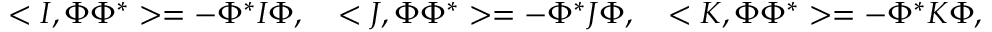
< I , \Phi \Phi ^ { * } > = - \Phi ^ { * } I \Phi , \quad < J , \Phi \Phi ^ { * } > = - \Phi ^ { * } J \Phi , \quad < K , \Phi \Phi ^ { * } > = - \Phi ^ { * } K \Phi ,